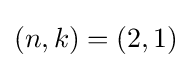
(n,k)=(2,1)